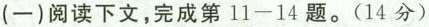
(-)阅读下文，完成第l1-14题。(14分)